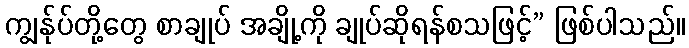
ကျွန်ုပ်တို့တွေ စာချုပ် အချို့ကို ချုပ်ဆိုရန်စသဖြင့်” ဖြစ်ပါသည်။